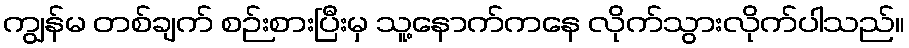
ကျွန်မ တစ်ချက် စဉ်းစားပြီးမှ သူ့နောက်ကနေ လိုက်သွားလိုက်ပါသည်။